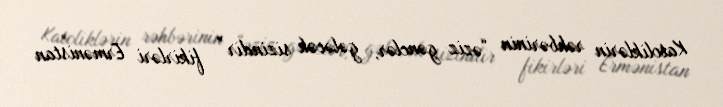
Katoliklərin rəhbərinin “əziz gənclər, gələcək sizindir” fikirləri Ermənistan